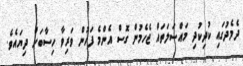
ދެމެދުގައި ކުދިކުދި މައްސަލަތައް ޖެހެމުން ގޮސް އެންމެ ފަހުން ވަރިވާ ހިސާބަށް ދިޔައެވެ.